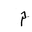
Letter: _mim